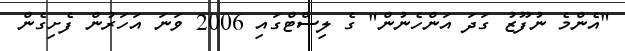
"އެންމެ ނުފޫޒު ގަދަ އަންހެނުން" ގެ ލިސްޓްގައި 2006 ވަނަ އަހަރުން ފެށިގެން